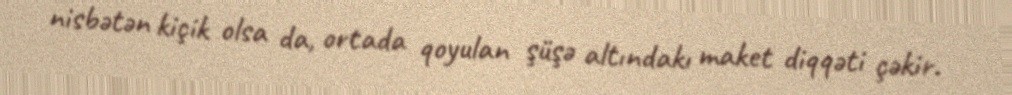
nisbətən kiçik olsa da, ortada qoyulan şüşə altındakı maket diqqəti çəkir.